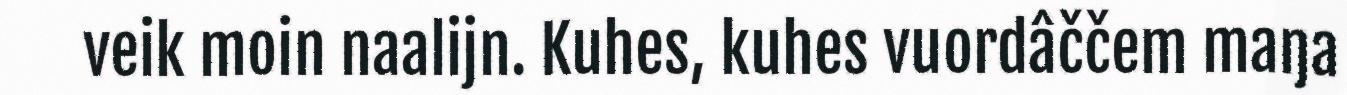
veik moin naalijn. Kuhes, kuhes vuordâččem maŋa